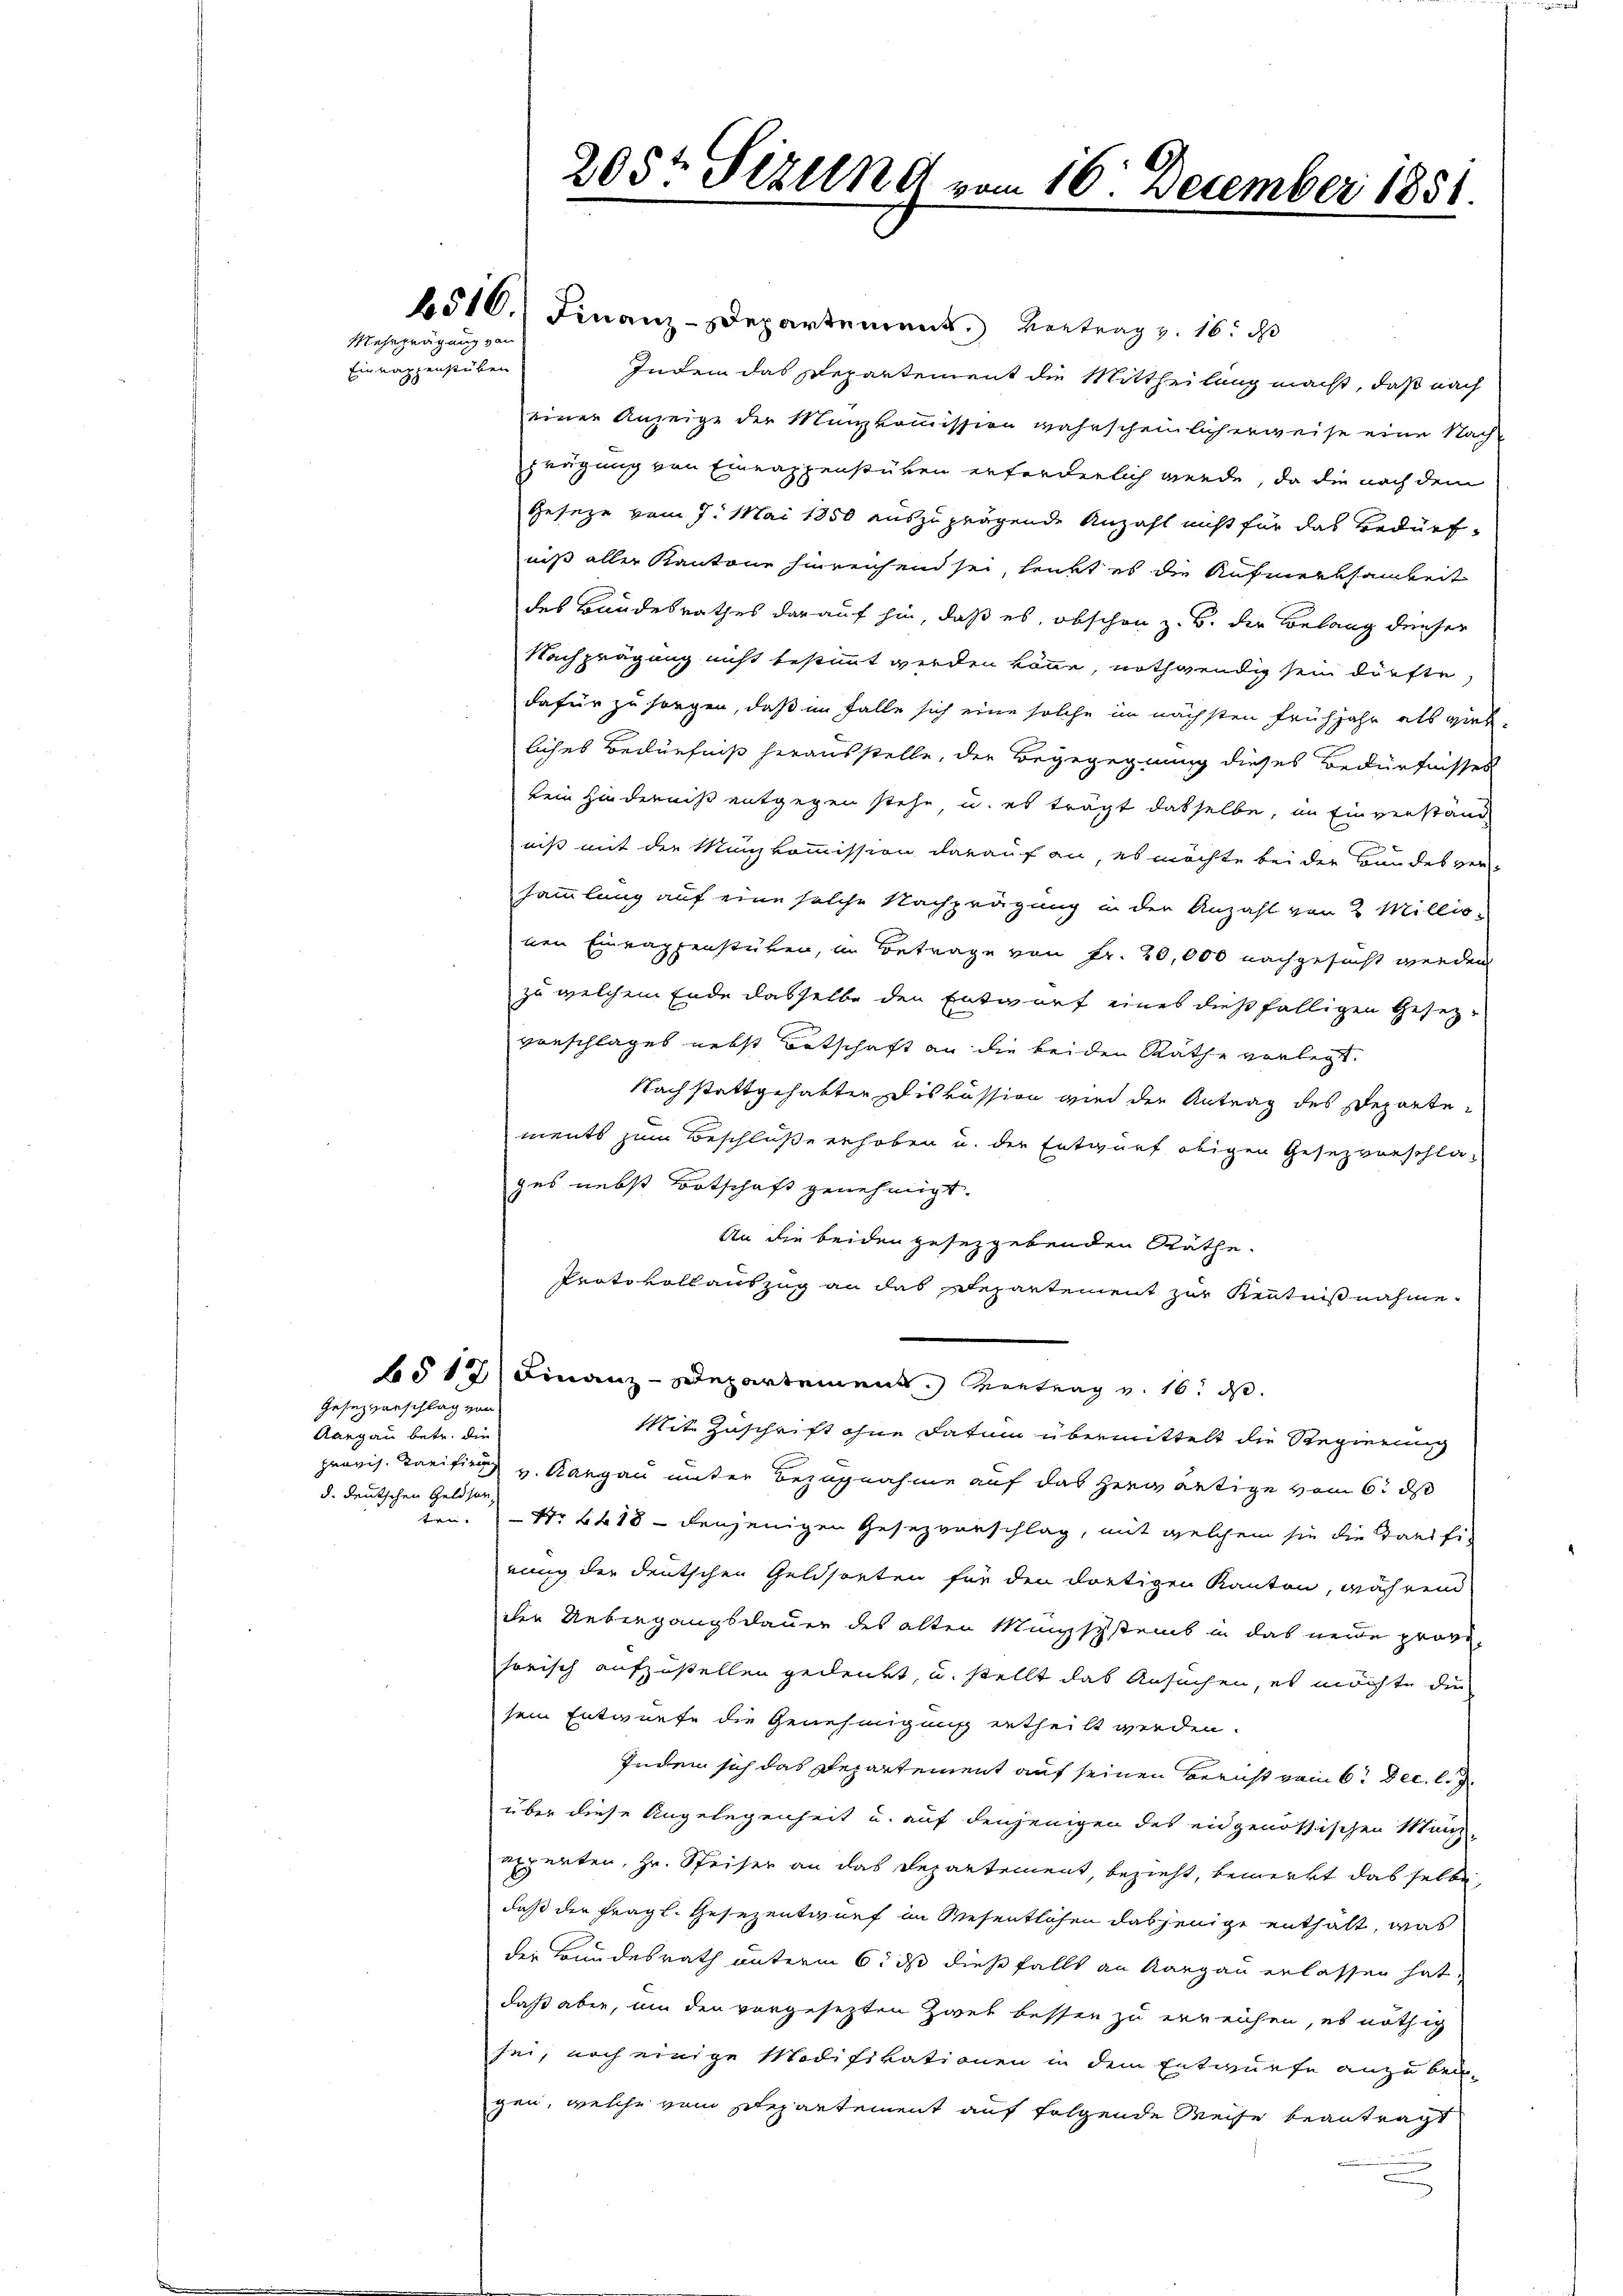
Aargau betr. die
d. deutschen Geldsartrie- |

Mehrzeugung von

Einnappenstüben

Gesezterschlag von

205ten Sizung vom 16. December 1851.

4510.) Finanz-Departement. Vertrag v. 16. d
Indem das Departement die Mittheilung macht, daß nach
einer Anzeige der Manzkommission wahrscheinlich erweise eine Nach-
rägung von Einrappenstüken erforderlich werde, da die nach dem
Geseze vom 7. Mai 1850 auszuprügende Anzahl nicht für das Bedürfniß aller Kantone hinreichend sei, lenkt es die Aufmerksamkeit
des Bandesrathes darauf hin, daß es, obschon z. B. der Belang denser
Nachprägung nicht bestimmt werden könne, nothwendig sein dürfte,
dafür zu sorgen, daß im Falle sich eine solche im nächsten Frühjahr als viel-
liches Bedürfniß herausstelle, der Begegegnung dieses Bedürfnisses
kein Hinderniß entgegen stehe, u. es trägt dasselbe, im Einverstand
niß mit der Münzkommission darauf an, es möchte bei der Bundesver-
sammlung auf eine solche Nachprägung in der Anzahl von 2 Millio-
nen Einrappenstüken, in Betrage von Fr. 20,000 nachgesucht werden
zu welchem Ende dasselbe den Entwurf eines dießfälligen Gesezvorschlages nebst Botschaft an die beiden Räthe vorlegt.
Nach stattgehabten Diskussion wird der Antrag des Departements zum Beschluße erhoben u. der Entwurf obigen Gesezvorschlages nebst Botschaft genehmigt.
An die beiden gesetzgebenden Räthe.
Protokollauszug an das Departement zur Kenntnißnahme.
6512) Finanz-Departement. Vortrag v. 16. ds.
Mit Zuschrift ohne Datum übermittelt die Regierung
provis. Tarifirung v. Aargau unter Bezugnahme auf das herwärtige vom 6. ds
Nr 6418 - denjenigen Gesezvorschlag, mit welchem sie die Tarifirung der deutschen Geldsorten für den dortigen Kanton, während
der Uebergangsdauer des alten Menschstens in das neue provihorisch aufzustellen gedenkt, u. stellt das Ansuchen, es möchte die
sein Entwurfe die Genehmigung ertheilt werden.
Indem sich das Departement auf seinen Bericht vom 6. Dec. l. d
über diese Angelegenheit u. auf denjenigen des eidgenössischen Manexperten, Hr. Speiser an das Departement, bezieht, bemerkt das selbe,
daß der fragl. Gesezentwurf im Wesentlichen dasjenige enthält, was
der Bundesrath unterm 6. ds diese falls an Aargau erlassen hat,
daß aber, um den vorgesezten Zwei besser zu erreichen, es nöthig
sei, noch einige Modifikationen in dem Entwurfe anzubei-
gen, welche vom Stepartement auf folgende Weise beantragt